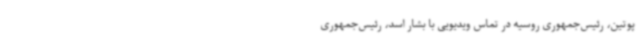
پوتین، رئیس‌جمهوری روسیه در تماس ویدیویی با بشار اسد، رئیس‌جمهوری